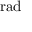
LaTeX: \mathrm { r a d }